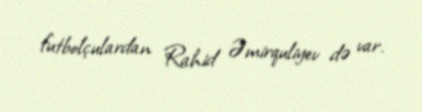
futbolçulardan Rahid Əmirquliyev də var.